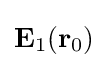
\mathbf {E} _{1}(\mathbf {r} _{0})